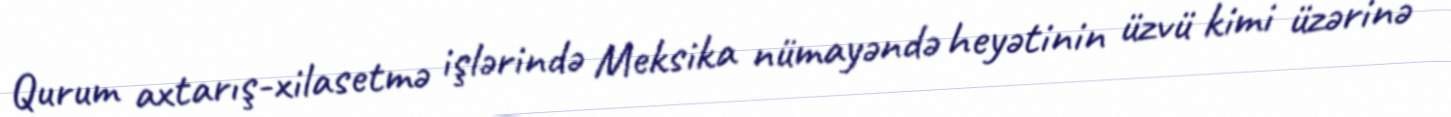
Qurum axtarış-xilasetmə işlərində Meksika nümayəndə heyətinin üzvü kimi üzərinə